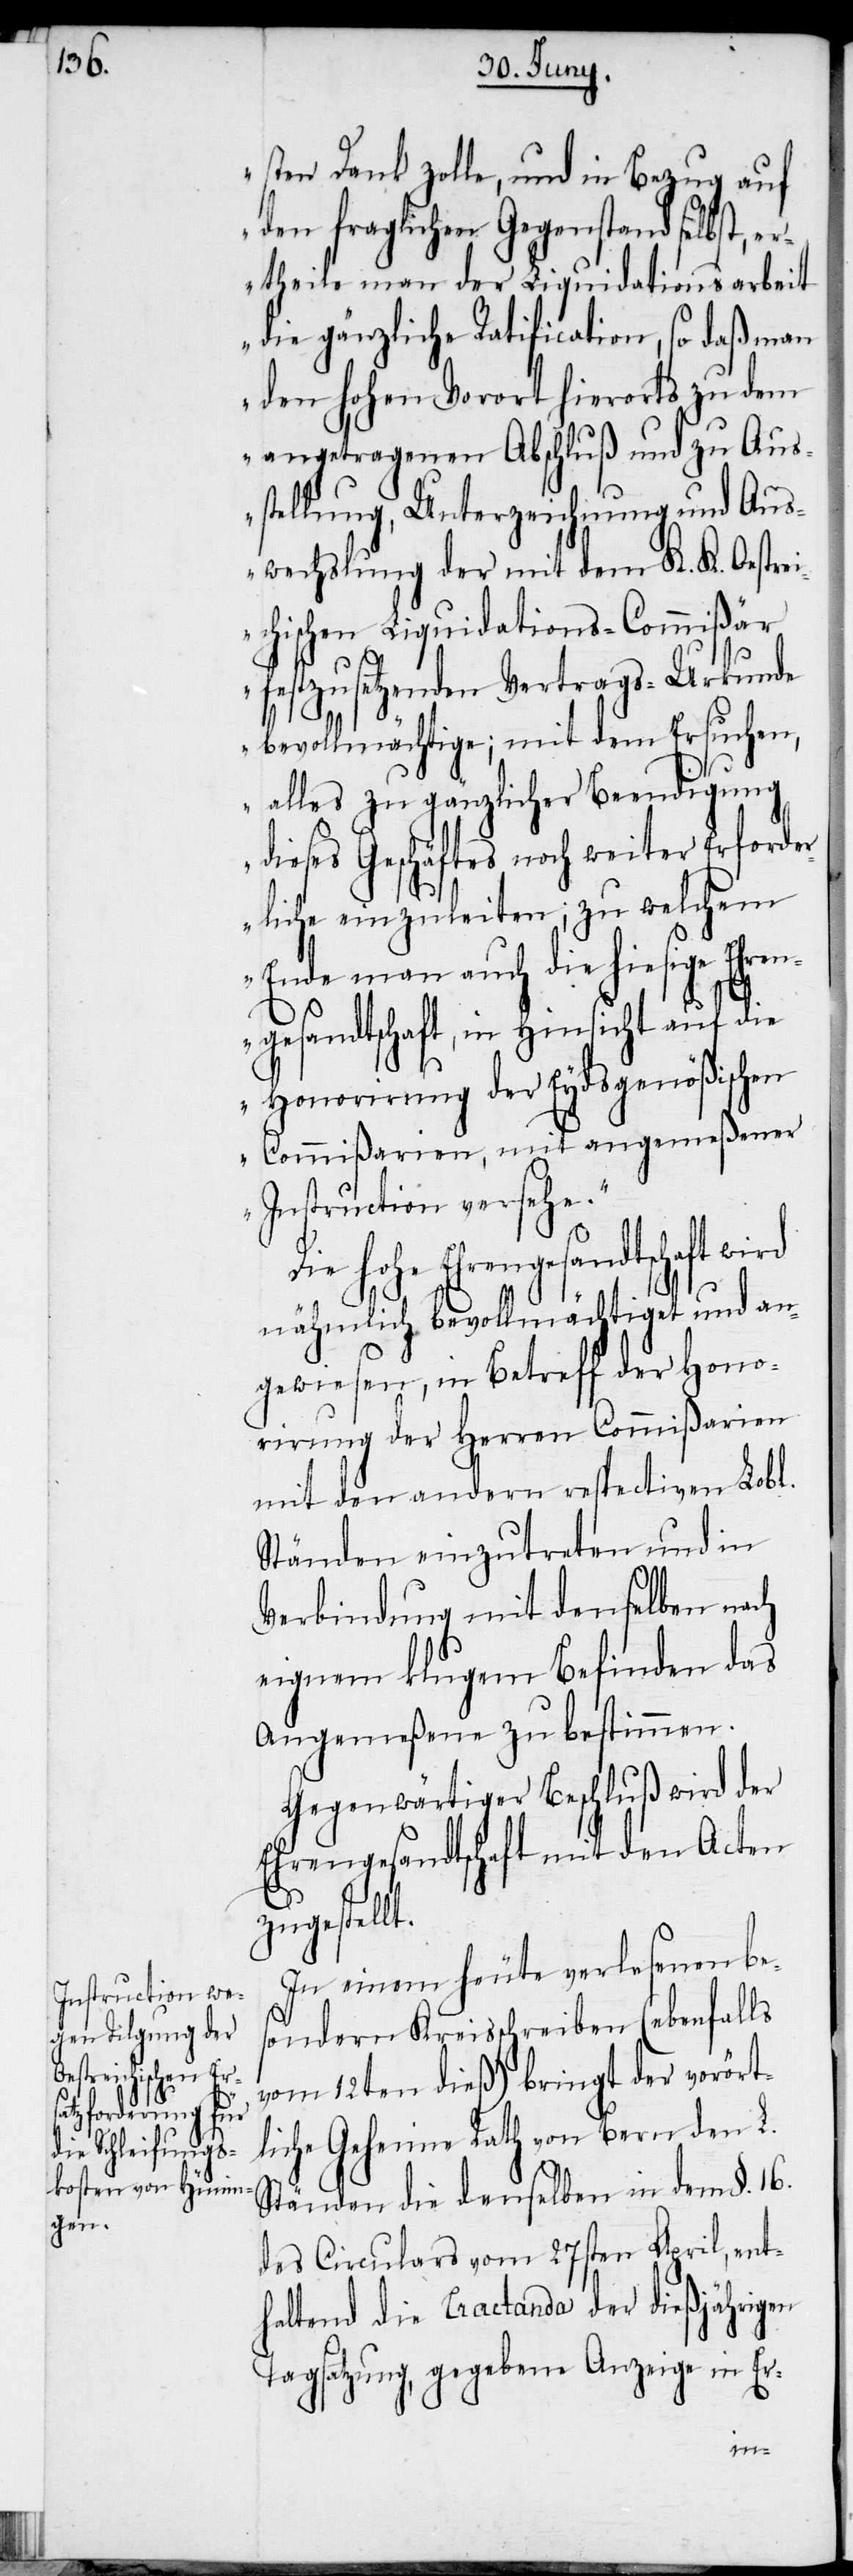
sten Dank zolle, und in Bezug auf
den fraglichen Gegenstand selbst,
ertheile man der Liquidationsarbeit
die gänzliche Ratification, so daß man
den hohen Vorort hierorts zu dem
angetragenen Abschluß und zu Aus¬
stellung, Unterzeichnung und Aus¬
wechslung der mit dem K. K. Oestre¬
ichischen Liquidations-Commißär
festzusetzenden Vertrags-Urkunde
bevollmächtige; mit dem Ersuchen,
alles zu gänzlicher Beendigung
dieses Geschäftes noch weiter Erforder¬
liche einzuleiten; zu welchem
Ende man auch die hiesige Ehren¬
gesandtschaft, in Hinsicht auf die
Honorirung der Eydsgenößischen
Commißarien, mit angemeßener
Instruction versehe.“
hohe Ehrengesandtschaft wird
nähmlich bevollmächtiget und an¬
gewiesen, in Betreff der Hono¬
rirung der Herren Commißarien
mit den andern respectiven Lobl.
Ständen einzutreten und in
Verbindung mit denselben nach
eignem klugem Befinden das
Angemeßene zu bestimmen.
Gegenwärtiger Beschluß wird der
Ehrengesandtschaft mit den Acten
zugestellt.
In einem heute verlesenen bes¬
ondern Kreisschreiben (ebenfalls
vom 12ten dieß) bringt der vorört¬
liche Geheime Rath von Bern den L.
Ständen die denselben in dem §. 16.
des Circulars vom 27sten April, ent¬
haltend die Tractanda der dießjährigen
Tagsatzung, gegebene Anzeige in Er-